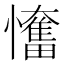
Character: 𢤬